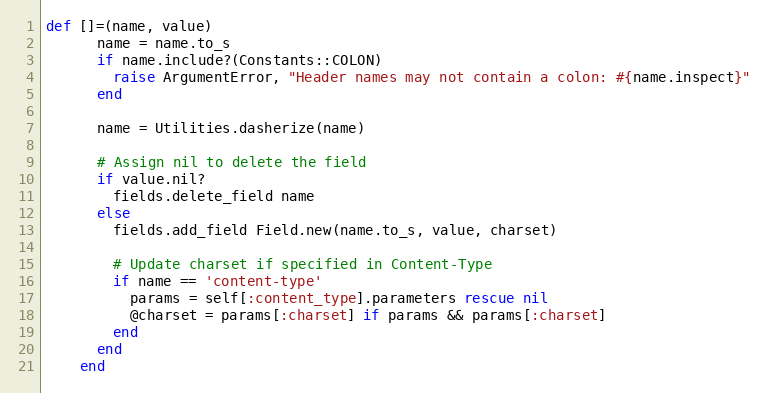
Language: Ruby
def []=(name, value)
      name = name.to_s
      if name.include?(Constants::COLON)
        raise ArgumentError, "Header names may not contain a colon: #{name.inspect}"
      end

      name = Utilities.dasherize(name)

      # Assign nil to delete the field
      if value.nil?
        fields.delete_field name
      else
        fields.add_field Field.new(name.to_s, value, charset)

        # Update charset if specified in Content-Type
        if name == 'content-type'
          params = self[:content_type].parameters rescue nil
          @charset = params[:charset] if params && params[:charset]
        end
      end
    end